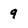
Character: 9